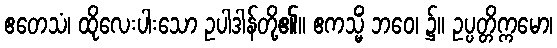
ဧတေသံ၊ ထိုလေးပါးသော ဥပါဒါန်တို့၏။ ဧကသ္မိံ ဘဝေ၊ ၌။ ဥပ္ပတ္တိက္ကမော၊